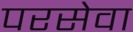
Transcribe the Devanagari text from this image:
परसेवा